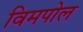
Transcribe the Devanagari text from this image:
विमपोल